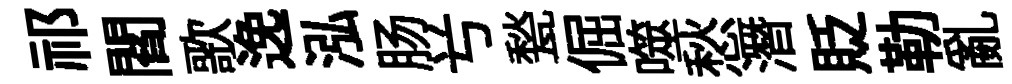
祁閻歌𨓜泓肠𠔃甃倔噬愁潛貶勒亂